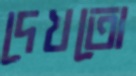
দেখতো